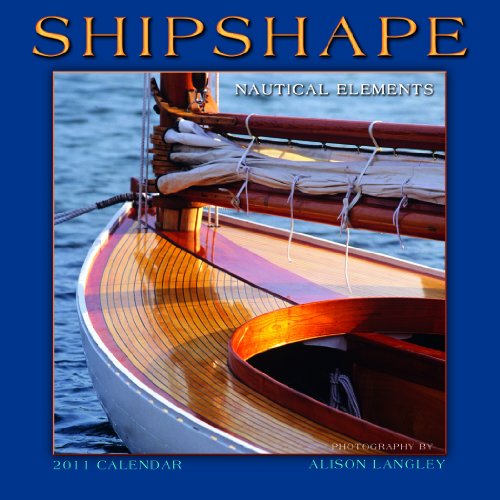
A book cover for Shipshape: Nautical Elements   2011 Mini Wall Calendar (Calendar); Allison Langley; Calendars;